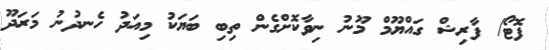
ފޮޓޯ/ ފާރިޝް ގައްޔޫމް މޫނު ނިވާކޮށްގެން ތިބި ބަޔަކު މިއަދު ހެނދުނު މަރަދޫ